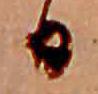
日